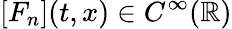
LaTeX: [F_{n}](t,x)\in C^{\infty}({\mathbb R})